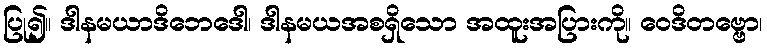
ပြု၍။ ဒါနမယာဒိဘေဒေါ၊ ဒါနမယအစရှိသော အထူးအပြားကို။ ဝေဒိတဗ္ဗော၊